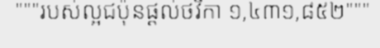
"""របស់ល្អជប៉ុនផ្តល់ថវិកា ១,៤៣១,៨៥២"""